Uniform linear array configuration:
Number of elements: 64
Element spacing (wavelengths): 0.25
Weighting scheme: kaiser
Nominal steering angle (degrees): -45
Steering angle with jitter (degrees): -45.309
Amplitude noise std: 0.05
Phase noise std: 0.05

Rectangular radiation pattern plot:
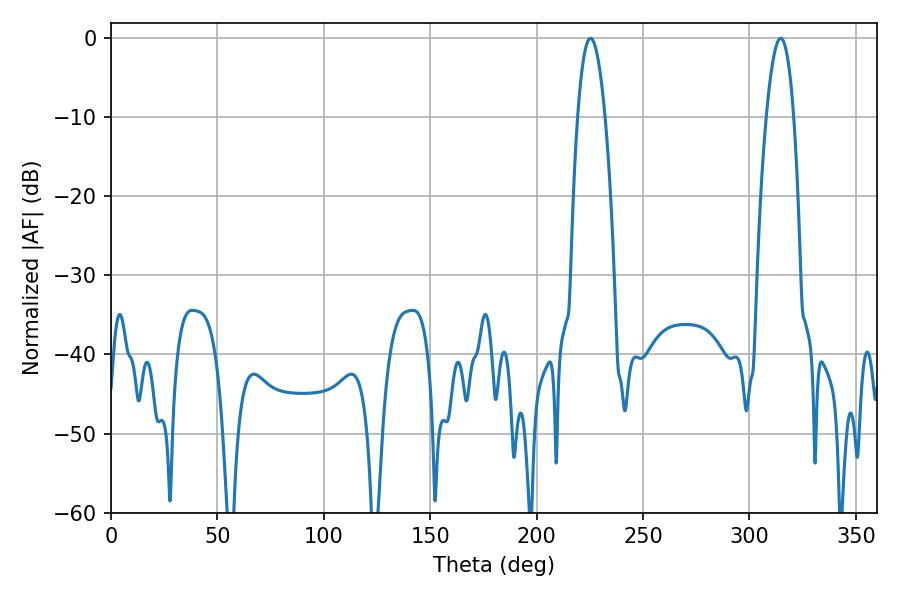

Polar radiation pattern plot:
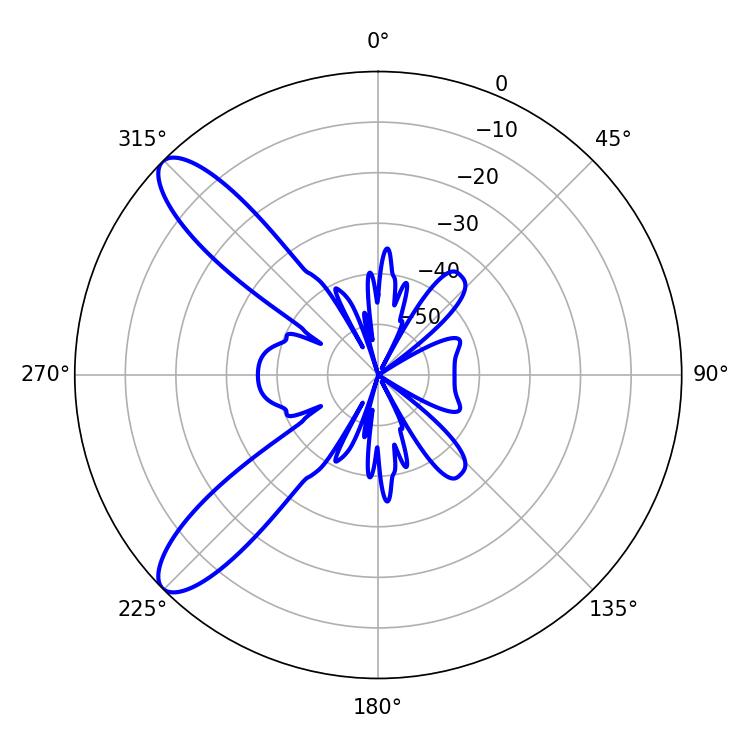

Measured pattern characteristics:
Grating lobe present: FALSE
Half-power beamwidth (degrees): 7.02
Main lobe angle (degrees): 225.36